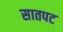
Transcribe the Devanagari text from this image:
सातपट